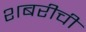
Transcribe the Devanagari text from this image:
शबरीची